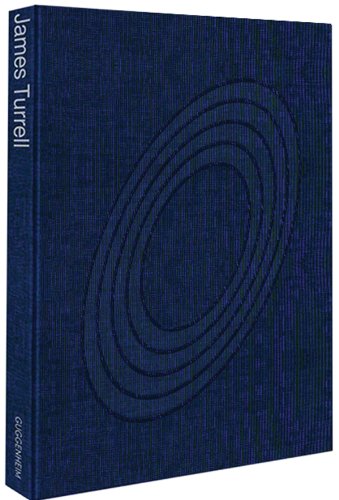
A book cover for James Turrell; Carmen GimÃ©nez; Arts & Photography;